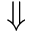
\Downarrow